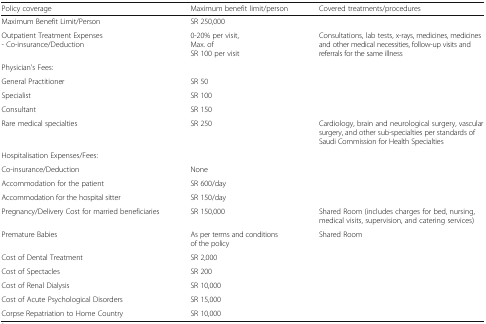
<table><thead><tr><td><b>Policy coverage</b></td><td><b>Maximum benefit limit/person</b></td><td><b>Covered treatments/procedures</b></td></tr></thead><tbody><tr><td>Maximum Benefit Limit/Person</td><td>SR 250,000</td><td></td></tr><tr><td>Outpatient Treatment Expenses- Co-insurance/Deduction</td><td>0-20% per visit,Max. ofSR 100 per visit</td><td>Consultations, lab tests, x-rays, medicines, medicines and other medical necessities, follow-up visits and referrals for the same illness</td></tr><tr><td colspan="3">Physician&#x27;s Fees:</td></tr><tr><td>General Practitioner</td><td>SR 50</td><td></td></tr><tr><td>Specialist</td><td>SR 100</td><td></td></tr><tr><td>Consultant</td><td>SR 150</td><td></td></tr><tr><td>Rare medical specialties</td><td>SR 250</td><td>Cardiology, brain and neurological surgery, vascular surgery, and other sub-specialties per standards of Saudi Commission for Health Specialties</td></tr><tr><td colspan="3">Hospitalisation Expenses/Fees:</td></tr><tr><td>Co-insurance/Deduction</td><td>None</td><td></td></tr><tr><td>Accommodation for the patient</td><td>SR 600/day</td><td></td></tr><tr><td>Accommodation for the hospital sitter</td><td>SR 150/day</td><td></td></tr><tr><td>Pregnancy/Delivery Cost for married beneficiaries</td><td>SR 150,000</td><td>Shared Room (includes charges for bed, nursing, medical visits, supervision, and catering services)</td></tr><tr><td>Premature Babies</td><td>As per terms and conditions of the policy</td><td>Shared Room</td></tr><tr><td>Cost of Dental Treatment</td><td>SR 2,000</td><td></td></tr><tr><td>Cost of Spectacles</td><td>SR 200</td><td></td></tr><tr><td>Cost of Renal Dialysis</td><td>SR 10,000</td><td></td></tr><tr><td>Cost of Acute Psychological Disorders</td><td>SR 15,000</td><td></td></tr><tr><td>Corpse Repatriation to Home Country</td><td>SR 10,000</td><td></td></tr></tbody></table>